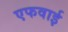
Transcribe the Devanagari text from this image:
एफवाई